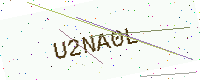
Text: U2NA0L